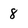
Character: 8